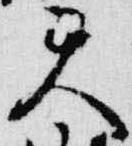
天